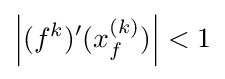
\left|(f^{k})'(x_{f}^{(k)})\right|<1